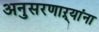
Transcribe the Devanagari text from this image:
अनुसरणाऱ्यांना